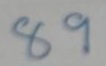
89